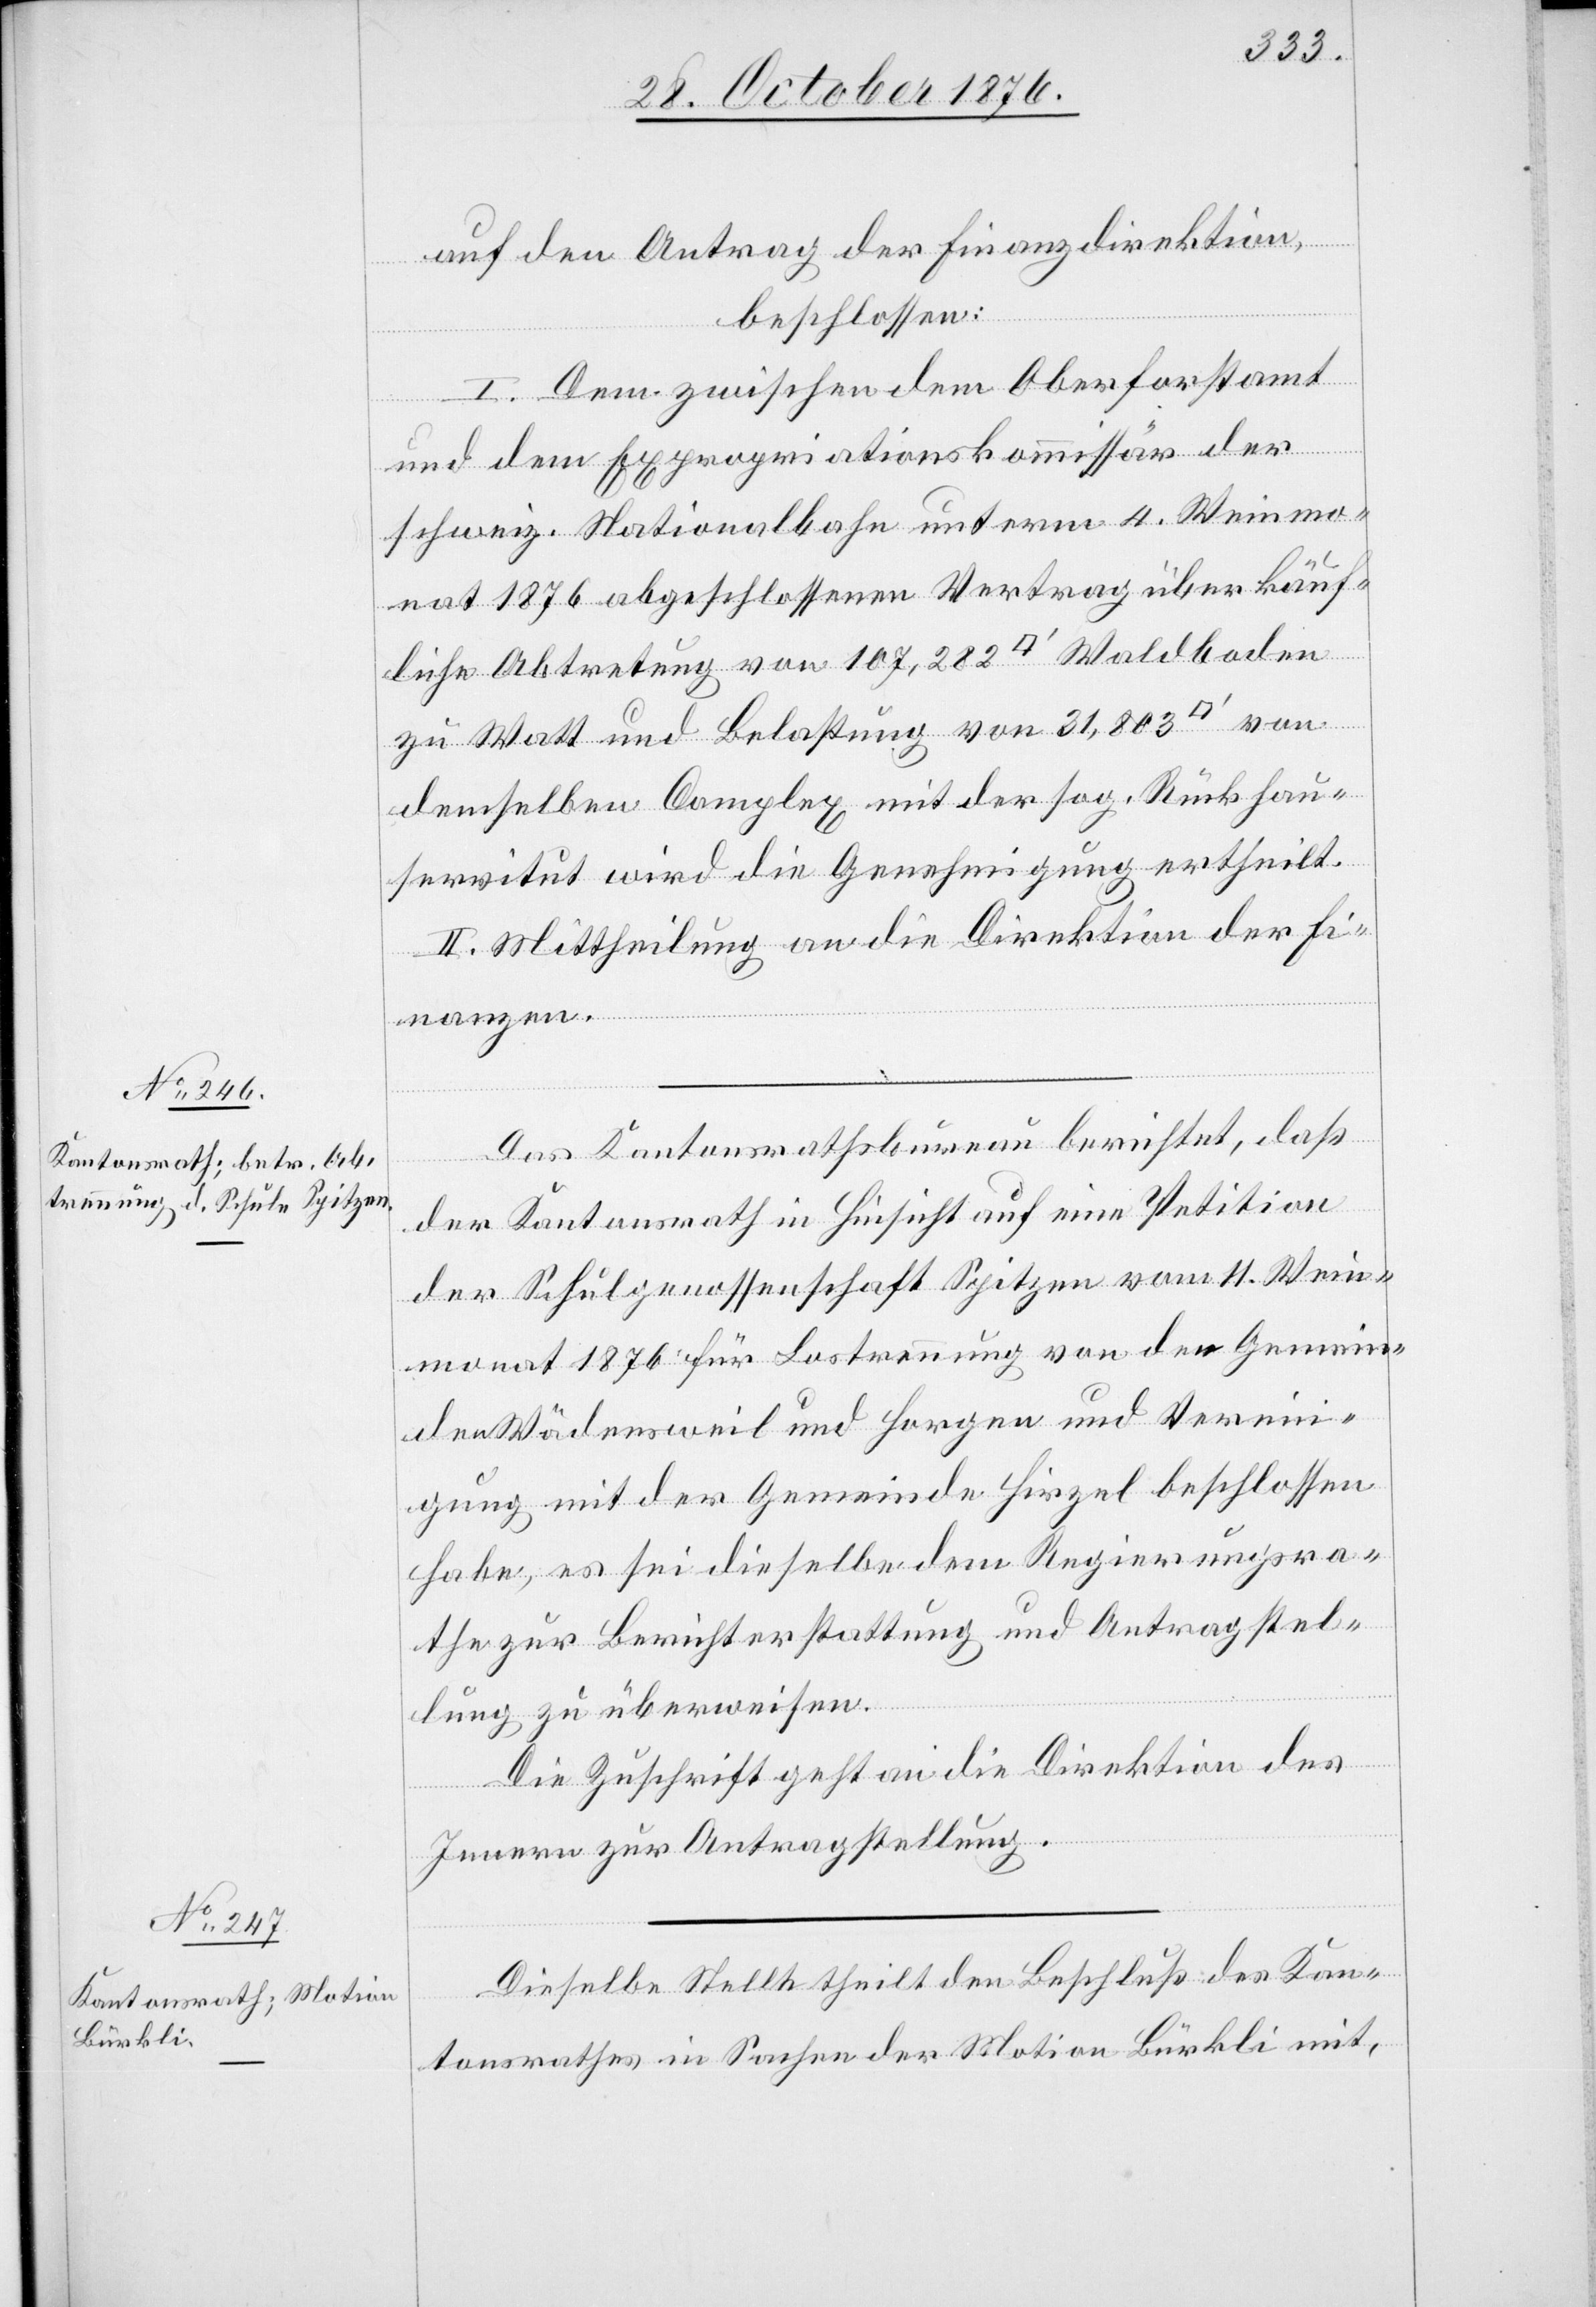
auf den Antrag der Finanzdirektion,
beschlossen:
I. Dem zwischen dem Oberforstamt
und dem Expropriationskommissär der
schweiz. Nationalbahn unterm 4. Weinmo¬
nat 1876 abgeschlossenen Vertrag über käuf¬
liche Abtretung von 107,282 [Quadratfuß] Waldboden
zu Watt und Belastung von 31,803 [Quadratfuß] von
demselben Complex mit der sog. Rückhau¬
servitut wird die Genehmigung ertheilt.
II. Mittheilung an die Direktion der Fi¬
nanzen.
Das Kantonsrathsbureau berichtet, daß
der Kantonsrath in Hinsicht auf eine Petition
der Schulgenossenschaft Spitzen vom 11. Wein¬
monat 1876 für Lostrennung von der Gemein¬
de Wädensweil und Horgen und Verein¬
igung mit der Gemeinde Hirzel beschlossen
habe, es sei dieselbe dem Regierungsra¬
the zur Berichterstattung und Antragstel¬
lung zu überweisen.
Die Zuschrift geht an die Direktion des
Innern zur Antragstellung.
Dieselbe Stelle theilt den Beschluß des Kan¬
tonsrathes in Sachen der Motion Bürkli mit,